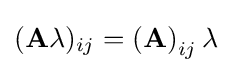
(\mathbf {A} \lambda )_{ij}=\left(\mathbf {A} \right)_{ij}\lambda